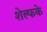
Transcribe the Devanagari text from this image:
शेल्फके